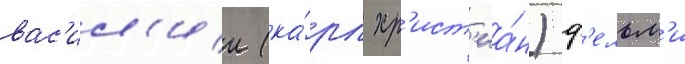
вас'ил'ии (ка́рл хр'ист'иа́н) ф'ельм'и